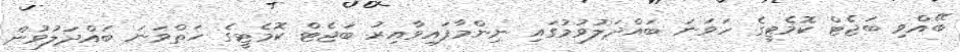
ބޭއްވި ބަޖެޓް ކޮމެޓީގެ ހަވަނަ ބައްދަލުވުމުގައި ނިންމާފައިވާއިރު ބަޖެޓް ކޮމެޓީގެ ހަތްވަނަ ބައްދަލުވުން